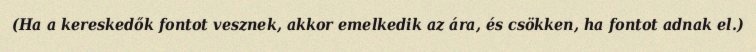
(Ha a kereskedők fontot vesznek, akkor emelkedik az ára, és csökken, ha fontot adnak el.)